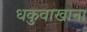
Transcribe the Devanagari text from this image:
धकुवाखाना